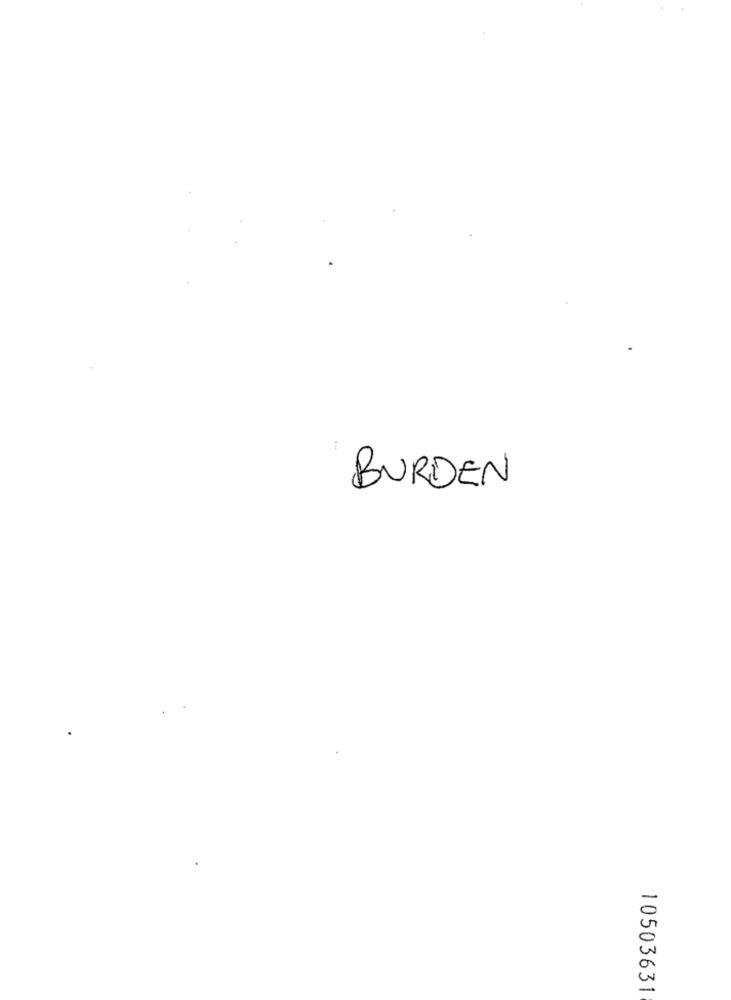
BURDEN
10503631